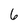
Character: 6